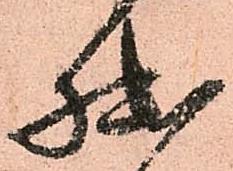
拙